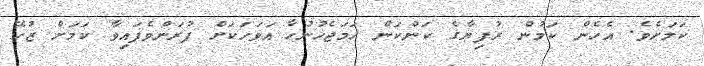
ކަމަށެވެ. އެހެން ކަމުން ރުފިޔާގެ ކަންކަން ހަމަޖެހުނުހާ އަވަހަކަށް ފުރަންވެފައިވާ ކަމަށް ޒުހޭ